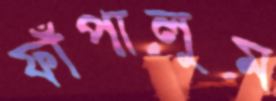
ফাঁপালুম